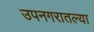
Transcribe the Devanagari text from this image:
उपनगरातल्या